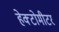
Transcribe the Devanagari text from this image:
हेक्टोमीटर